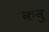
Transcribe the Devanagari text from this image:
कवु